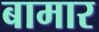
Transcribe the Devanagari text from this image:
बामार